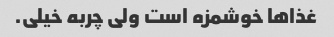
غذاها خوشمزه است ولی چربه خیلی.